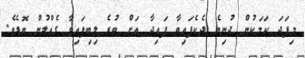
މިފަދަ ކަމަކުން ދުނިޔެ ދެކެފައިވާ ފައިދާ އަށް ވުރެ ލިބިފައިވާ ގެއްލުން ބޮޑެވެ.